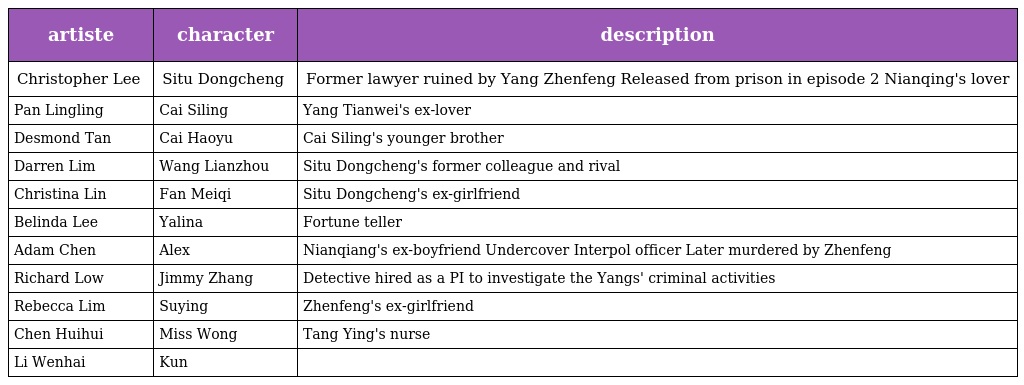
| artiste | character | description |
 | --- | --- | --- |
 | Christopher Lee 李铭顺 | Situ Dongcheng 司徒东城 | Former lawyer ruined by Yang Zhenfeng Released from prison in episode 2 Nianqing's lover |
 | Pan Lingling 潘玲玲 | Cai Siling 蔡思灵 | Yang Tianwei's ex-lover |
 | Desmond Tan 陈泂江 | Cai Haoyu 蔡浩宇 | Cai Siling's younger brother |
 | Darren Lim 林明伦 | Wang Lianzhou 汪连州 | Situ Dongcheng's former colleague and rival |
 | Christina Lin 林佩芬 | Fan Meiqi 范美琪 | Situ Dongcheng's ex-girlfriend |
 | Belinda Lee 李心钰 | Yalina | Fortune teller |
 | Adam Chen 詹金泉 | Alex | Nianqiang's ex-boyfriend Undercover Interpol officer Later murdered by Zhenfeng |
 | Richard Low 刘谦益 | Jimmy Zhang | Detective hired as a PI to investigate the Yangs' criminal activities |
 | Rebecca Lim 林慧玲 | Suying 素英 | Zhenfeng's ex-girlfriend |
 | Chen Huihui 陈慧慧 | Miss Wong | Tang Ying's nurse |
 | Li Wenhai 李文海 | Kun 坤哥 |  |